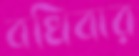
বখিবার